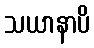
သယာနာပိ